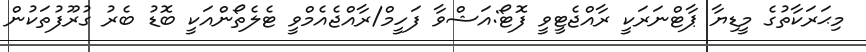
މިޙަރަކާތުގެ މީޑިޔާ ޕާޓްނަރަކީ ރާއްޖެޓީވީ ފޮޓޯ:އަޝްވާ ފަހީމް/ރާއްޖެއެމްވީ ޓެލެތޯންއަކީ ބޮޑު ބެރު ގުރޫފުތަކުން